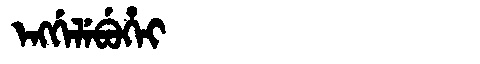
Manchu: ᡝᠩᡤᡝᠯᡝᠪᡠᡥᡝᡳ
Romanization: ENGGELEBUHEI